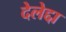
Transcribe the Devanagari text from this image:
देलेद्दा